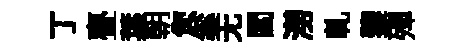
丁亹葉朝您奚无閻澇軋鑒殫